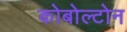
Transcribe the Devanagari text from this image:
कोबोल्टोन